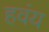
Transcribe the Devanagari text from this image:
हवंय